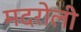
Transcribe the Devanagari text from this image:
मदरोली